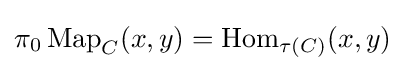
\pi _{0}\operatorname {Map} _{C}(x,y)=\operatorname {Hom} _{\tau (C)}(x,y)